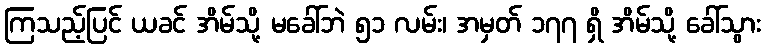
ကြသည့်ပြင် ယခင် အိမ်သို့ မခေါ်ဘဲ ၅၁ လမ်း၊ အမှတ် ၁၇၇ ရှိ အိမ်သို့ ခေါ်သွား